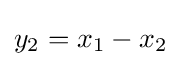
{\textstyle y_{2}=x_{1}-x_{2}}